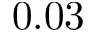
0 . 0 3